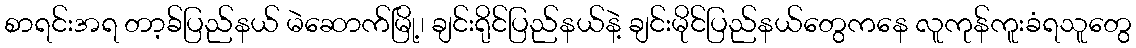
စာရင်းအရ တာ့ခ်ပြည်နယ် မဲဆောက်မြို့၊ ချင်းရိုင်ပြည်နယ်နဲ့ ချင်းမိုင်ပြည်နယ်တွေကနေ လူကုန်ကူးခံရသူတွေ